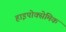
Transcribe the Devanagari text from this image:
हाइपोक्सेमिक